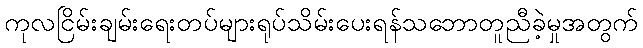
ကုလငြိမ်းချမ်းရေးတပ်များရုပ်သိမ်းပေးရန်သဘောတူညီခဲ့မှုအတွက်